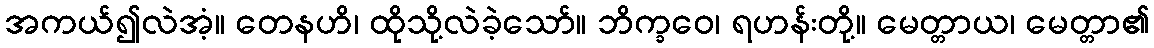
အကယ်၍လဲအံ့။ တေနဟိ၊ ထိုသို့လဲခဲ့သော်။ ဘိက္ခဝေ၊ ရဟန်းတို့။ မေတ္တာယ၊ မေတ္တာ၏